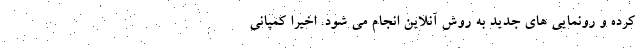
کرده و رونمایی های جدید به روش آنلاین انجام می شود. اخیرا کمپانی